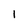
Character: l